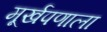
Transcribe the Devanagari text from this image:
मूर्खपणाला